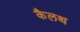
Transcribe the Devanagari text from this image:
कैलथ